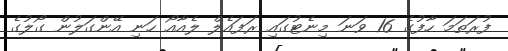
ފުރަތަމަ ހާފުގެ 16 ވަނަ މިނެޓުގައި ރަފައެލް ލެއާއޯ ހަނި އޭންގަލުން ގޯލުގެ